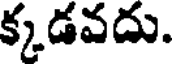
క్కడవదు.